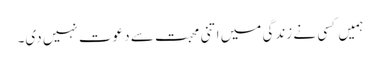
ہمیں کسی نے زندگی میں اتنی محبت سے دعوت نہیں دی۔